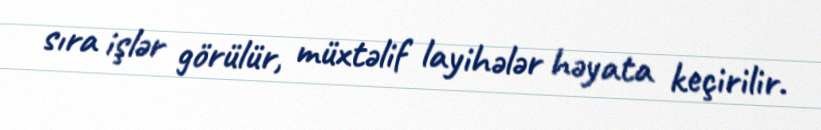
sıra işlər görülür, müxtəlif layihələr həyata keçirilir.